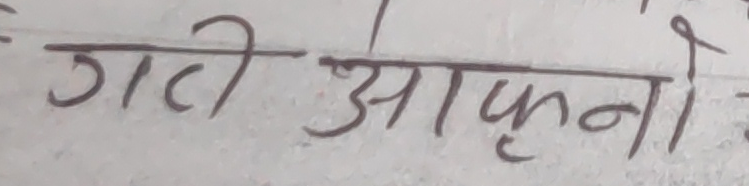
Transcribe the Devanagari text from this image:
गरी आफ्नो